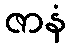
ဇာနံ